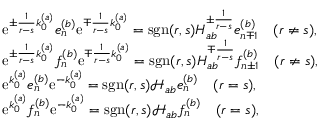
\begin{array} { r l } & { \mathrm { e } ^ { \pm \frac { 1 } { r - s } k _ { 0 } ^ { ( a ) } } e _ { n } ^ { ( b ) } \mathrm { e } ^ { \mp \frac { 1 } { r - s } k _ { 0 } ^ { ( a ) } } = \mathrm { s g n } ( r , s ) { H } _ { a b } ^ { \pm \frac { 1 } { r - s } } e _ { n \mp 1 } ^ { ( b ) } \quad ( r \neq s ) , } \\ & { \mathrm { e } ^ { \pm \frac { 1 } { r - s } k _ { 0 } ^ { ( a ) } } f _ { n } ^ { ( b ) } \mathrm { e } ^ { \mp \frac { 1 } { r - s } k _ { 0 } ^ { ( a ) } } = \mathrm { s g n } ( r , s ) { H } _ { a b } ^ { \mp \frac { 1 } { r - s } } f _ { n \pm 1 } ^ { ( b ) } \quad ( r \neq s ) , } \\ & { \mathrm { e } ^ { k _ { 0 } ^ { ( a ) } } e _ { n } ^ { ( b ) } \mathrm { e } ^ { - k _ { 0 } ^ { ( a ) } } = \mathrm { s g n } ( r , s ) \mathcal { H } _ { a b } e _ { n } ^ { ( b ) } \quad ( r = s ) , } \\ & { \mathrm { e } ^ { k _ { 0 } ^ { ( a ) } } f _ { n } ^ { ( b ) } \mathrm { e } ^ { - k _ { 0 } ^ { ( a ) } } = \mathrm { s g n } ( r , s ) \mathcal { H } _ { a b } f _ { n } ^ { ( b ) } \quad ( r = s ) , } \end{array}